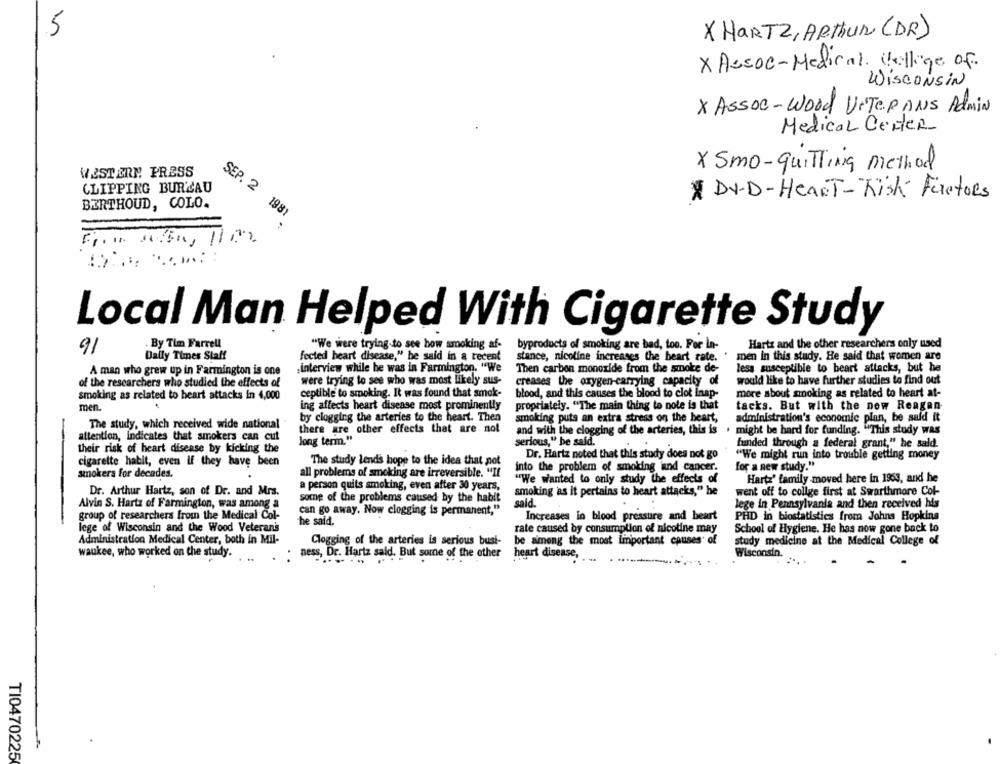
5
X HarTZ, ARTHUR (DR)
X Assoc-Medical Villige of
WISCONSIN
X Assoc-Wood VETERANS Admin
Medical Center
X Smo-quitting method
WESTERN PRESS
CLIPPING BURCAU
X DVD-HearT-Risk Factors
BERTHOUD, COLO.
SEP. 2 1981
-
Local Man Helped With Cigarette Study
By Tim Farrell
"We were trying to see how smoking af-
byproducts of smoking are bad, too. Por La-
Hartz and the other researchers only used
91
Daily Times Staff
fected heart disease," he said in a recent
stance, nicoline increases the heart rate.
men in this study. He said that women are
A man who grew up in Farmington is one
„interview while he was in Farmington. "We
Then carbon monoxide from the smoke de-
less susceptible to beart attacks, but he
of the researchers who studied the effects of
were trying to see who was most likely sus-
creases the oxygen-carrying capacity of
would like to have further studies to find out
smoking as related to heart attacks in 4,000
ceptible to smoking. It was found that smok-
blood, and this causes the blood to clot inap-
more about smoking as related to heart at-
ing affects heart disease most prominently
propriately. "The main thing to note is that
tacks. But with the new Reagan
men.
by clogging the arteries to the heart. Then
smoking puts an extra stress on the heart,
administration's economic plan, be said it
The study, which received wide national
there are other effects that are not
and with the clogging of the arteries, this is
. might be hard for funding. "This study was
attention, indicates that smokers can cut
long term."
serious," he said.
funded through a federal grant," he said.
their risk of heart disease by kicking the
Dr. Hartz noted that this study does not go
"We might run into trouble getting money
-
cigarette hablt, even If they have been
The study lends hope to the idea that not
for a new study."
smokers for decades.
all problems of smoking are irreversible. "If
into the problem of smoking ind cancer.
"We wanted to only study the effects of
Hartz' family moved here in 1963, and he
a person quits smoking, even after 30 years,
Dr. Arthur Hartz, son of Dr. and Mrs.
smoking as it pertains to heart attacks," he
went off to collge first at Swarthmore Col-
Alvin S. Hartz of Farmington, was among a
some of the problems caused by the habit
said.
lege in Pennsylvania and then received his
can go away. Now clogging is permanent,"
group of researchers from the Medical Col-
Increases in blood pressure and heart
PHD in biostatistics from Johns Hopkins
lege of Wisconsin and the Wood Veteran's
he said.
rate caused by consumption of nicotine may
School of Hygiene. He has now gone back to
Administration Medical Center, both in Mil-
Clogging of the arteries is serious bust-
be among the most Important causes of
study medicine at the Medical College of
waukee, who worked on the study.
ness, Dr. Hartz sald. But some of the other
heart disease,
Wisconsin.
T10470225